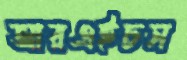
আরএইচস